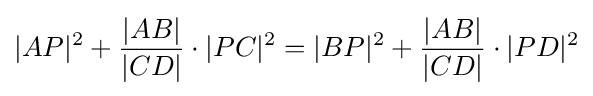
|AP|^{2}+{\frac {|AB|}{|CD|}}\cdot |PC|^{2}=|BP|^{2}+{\frac {|AB|}{|CD|}}\cdot |PD|^{2}